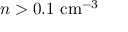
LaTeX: n > 0 . 1 { \mathrm { ~ c m } } ^ { - 3 }